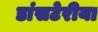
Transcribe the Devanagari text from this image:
डांसटेरीया